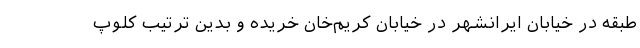
طبقه در خیابان ایرانشهر در خیابان کریم‌خان خریده و بدین ترتیب کلوپ